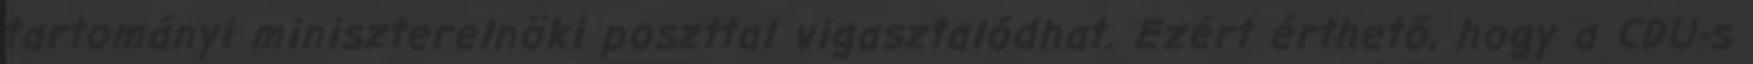
tartományi miniszterelnöki poszttal vigasztalódhat. Ezért érthető, hogy a CDU-s